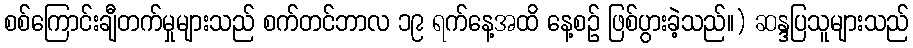
စစ်ကြောင်းချီတက်မှုများသည် စက်တင်ဘာလ ၁၉ ရက်နေ့အထိ နေ့စဉ် ဖြစ်ပွားခဲ့သည်။) ဆန္ဒပြသူများသည်